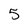
Character: 5